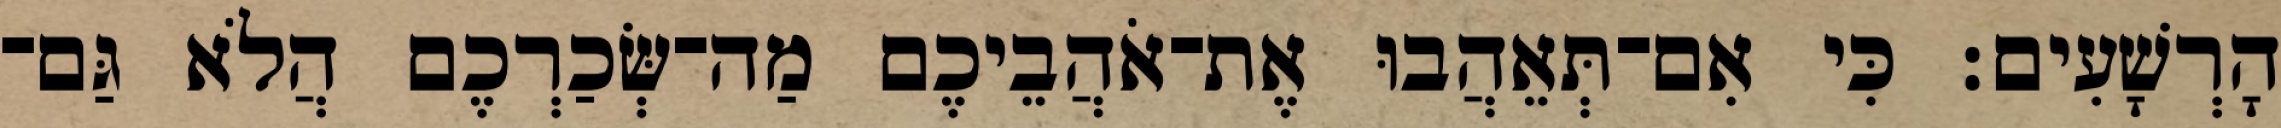
הָרְשָׁעִים׃ כִּי אִם־תְּאֵהֲבוּ אֶת־אֹהֲבֵיכֶם מַה־שְּׂכַרְכֶם הֲלֹא גַּם־